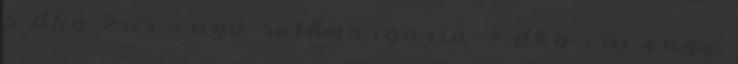
5 dkg zsír vagy sütőmargarin 5 dkg vaj vagy